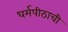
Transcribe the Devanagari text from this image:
धर्मपीठाची